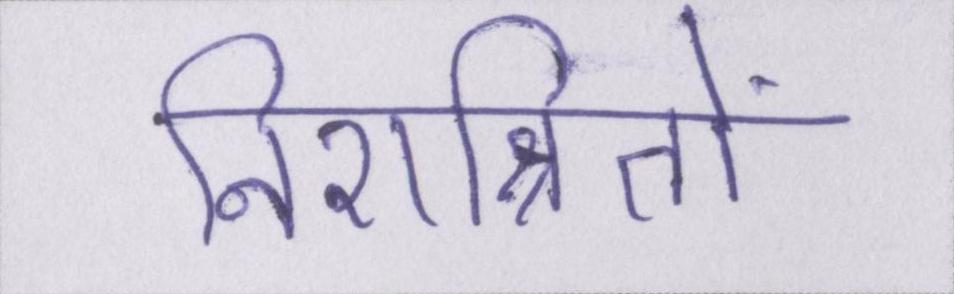
निराश्रितों